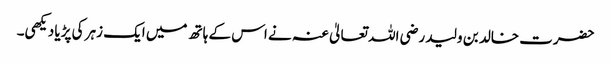
حضرت خالد بن ولید رضی اللہ تعالیٰ عنہ نے اس کے ہاتھ میں ایک زہر کی پڑیا دیکھی۔